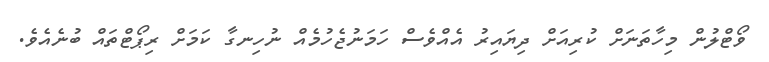
ވޯޓްލުން މިހާތަނަށް ކުރިއަށް ދިޔައިރު އެއްވެސް ހަމަނުޖެހުމެއް ނުހިނގާ ކަމަށް ރިޕޯޓްތައް ބުނެއެވެ.